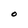
Character: O